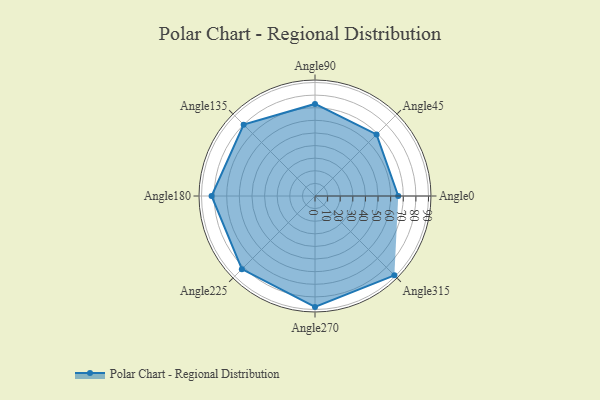
{"axis": {"x": "Angle", "y": "Radius"}, "legend": [""], "data": [{"x": "Angle0", "y": 66.0, "type": ""}, {"x": "Angle45", "y": 69.0, "type": ""}, {"x": "Angle90", "y": 73.0, "type": ""}, {"x": "Angle135", "y": 80.0, "type": ""}, {"x": "Angle180", "y": 82.0, "type": ""}, {"x": "Angle225", "y": 82.0, "type": ""}, {"x": "Angle270", "y": 88.0, "type": ""}, {"x": "Angle315", "y": 89.0, "type": ""}]}